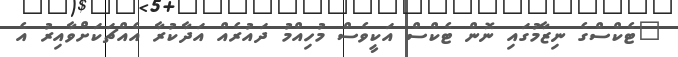
"ޓެކްސްގެ ނިޒާމުގައި ނޮން ޓެކްސް އަކީވެސް މުހިއްމު ދައުރެއް އަދާކުރާ އެއްޗަކަށްވާއިރު އެ